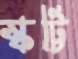
স্কট্টি